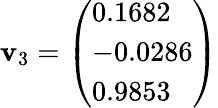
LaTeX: \mathbf{v}_{3}={\left(\begin{array}{l}{0.1682}\\ {-0.0286}\\ {0.9853}\end{array}\right)}